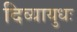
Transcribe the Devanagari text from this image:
दिव्यायुधः